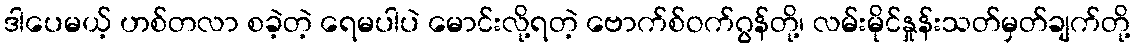
ဒါပေမယ့် ဟစ်တလာ စခဲ့တဲ့ ရေမပါပဲ မောင်းလို့ရတဲ့ ဗောက်စ်ဝက်ဂွန်တို့၊ လမ်းမိုင်နှုန်းသတ်မှတ်ချက်တို့